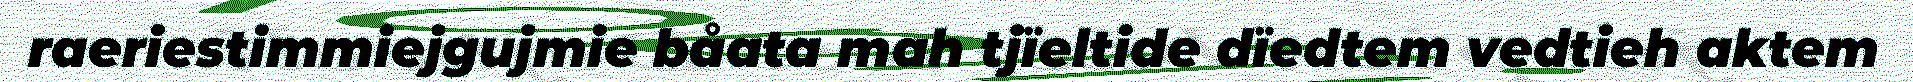
raeriestimmiejgujmie båata mah tjïeltide dïedtem vedtieh aktem